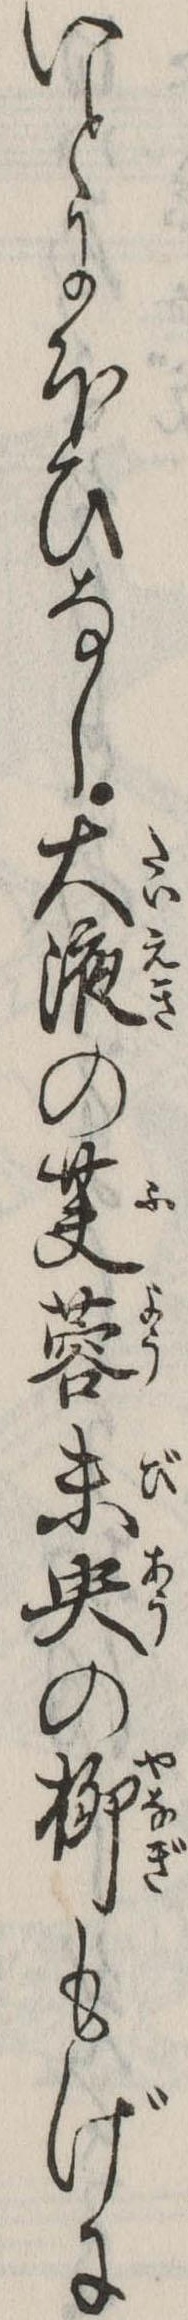
いとにほひなし大液の芙蓉未央の柳もげに